Medical and sanitary report of the native army of Bengal for the year
Year: 1875
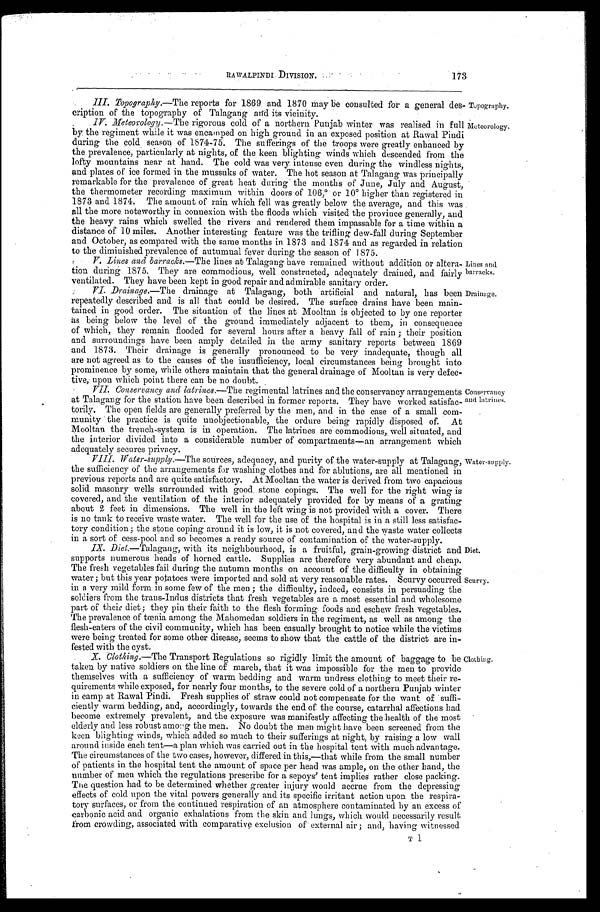
Topography.
Meteorology.
Lines and
barracks.
Drainage.
Diet.
Scurvy.
RAWALPINDI DIVISION.
173
III. Topography.—The reports for 1869 and 1870 may be consulted for a general des-
cription of the topography of Talagang and its vicinity.
IV. Meteorology. —The rigorous cold of a northern Punjab winter was realised in full
by the regiment while it was encamped on high ground in an exposed position at Rawal Pindi
during the cold season of 1874-75. The sufferings of the troops were greatly enhanced by
t h e p r e v a l e n c e , p a r t i c u l a r l y a t n i g h t s , o f t h e k e e n b l i g h t i n g w i n d s w h i c h d e s c e n d e d f r o m t h e
lofty mountains near at hand. The cold was very intense even during the windless nights,
and plates of ice formed in the mussuks of water. The hot season at Talagang was principally
remarkable for the prevalence of great heat during the months of June, July and August,
the thermometer recording maximum within doors of 106,° or 10° higher than registered in
1873 and 1874. The amount of rain which fell was greatly below the average, and this was
all the more noteworthy in connexion with the floods which visited the province generally, and
the heavy rains which swelled the rivers and rendered them impassable for a time within a
distance of 10 miles. Another interesting feature was the trifling dew-fall during September
and October, as compared with the same months in 1873 and 1874 and as regarded in relation
to the diminished prevalence of autumnal fever during the season of 1875.
V. Lines and barracks.—The lines at Talagang have remained without addition or altera-
tion during 1875. They are commodious, well constructed, adequately drained, and fairly
ventilated. They have been kept in good repair and admirable sanitary order.
VI. Drainage.—The drainage at Talagang, both artificial and natural, has been
repeatedly described and is all that could be desired. The surface drains have been main
- t a i n e d i n g o o d o r d e r . T h e s i t u a t i o n o f t h e l i n e s a t M o o l t a n i s o b j e c t e d t o b y o n e r e p o r t e r
as being below the level of the ground immediately adjacent to them, in consequence
of which, they remain flooded for several hours after a heavy fall of rain; their position
and surroundings have been amply detailed in the army sanitary reports between 1869
and 1873. Their drainage is generally pronounced to be very inadequate, though all
are not agreed as to the causes of the insufficiency, local circumstances being brought into
prominence by some, while others maintain that the general drainage of Mooltan is very defec-
tive, upon which point there can be no doubt.
VII. Conservancy and latrines. —The regimental latrines and the conservancy arrangements
at Talagang for the station have been described in former reports. They have worked satisfac-
torily. The open fields are generally preferred by the men, and in the case of a small com-
munity the practice is quite unobjectionable, the ordure being rapidly disposed of. At
Mooltan the trench-system is in operation. The latrines are commodious, well situated, and
the interior divided into a considerable number of compartments—an arrangement which
adequately secures privacy.
VIII. Water-supply. —The sources, adequacy, and purity of the water-supply at Talagang,
the sufficiency of the arrangements for washing clothes and for ablutions, are all mentioned in
previous reports and are quite satisfactory. At Mooltan the water is derived from two capacious
solid masonry wells surrounded with good stone copings. The well for the right wing is
covered, and the ventilation of the interior adequately provided for by means of a grating
about 2 feet in dimensions. The well in the left wing is not provided with a cover. There
is no tank to receive waste water. The well for the use of the hospital is in a still less satisfac-
tory condition; the stone coping around it is low, it is not covered, and the waste water collects
in a sort of cess-pool and so becomes a ready source of contamination of the water-supply.
Conservancy
and latrines.
Water-supply.
IX. Diet.—Talagang, with its neighbourhood, is a fruitful, grain-growing district and
supports numerous heads of horned cattle. Supplies are therefore very abundant and cheap.
The fresh vegetables fail during the autumn months on account of the difficulty in obtaining
water; but this year potatoes were imported and sold at very reasonable rates. Scurvy occurred
in a very mild form in some few of the men; the difficulty, indeed, consists in persuading the
soldiers from the trans-Indus districts that fresh vegetables are a most essential and wholesome
part of their diet; they pin their faith to the flesh forming foods and eschew fresh vegetables.
The prevalence of tœnia among the Mahomedan soldiers in the regiment, as well as among the
flesh-eaters of the civil community, which has been casually brought to notice while the victims
were being treated for some other disease, seems to show that the cattle of the district are in-
fested with the cyst.
X. Clothing.—The Transport Regulations so rigidly limit the amount of baggage to be
taken by native soldiers on the line of march, that it was impossible for the men to provide
themselves with a sufficiency of warm bedding and warm undress clothing to meet their re-
quirements while exposed, for nearly four months, to the severe cold of a northern Punjab winter
in camp at Rawal Pindi. Fresh supplies of straw could not compensate for the want of suffi-
ciently warm bedding, and, accordingly, towards the end of the course, catarrhal affections had
become extremely prevalent, and the exposure was manifestly affecting the health of the most
elderly and less robust among the men. No doubt the men might have been screened from the
keen blighting winds, which added so much to their sufferings at night, by raising a low wall
around inside each tent—a plan which was carried out in the hospital tent with much advantage.
The circumstances of the two cases, however, differed in this,—that while from the small number
of patients in the hospital tent the amount of space per head was ample, on the other hand, the
number of men which the regulations prescribe for a sepoys' tent implies rather close packing.
The question had to be determined whether greater injury would accrue from the depressing
effects of cold upon the vital powers generally and its specific irritant action upon the respira-
tory surfaces, or from the continued respiration of an atmosphere contaminated by an excess of
carbonic acid and organic exhalations from the skin and lungs, which would necessarily result
from crowding, associated with comparative exclusion of external air; and, having witnessed
Clothing.